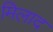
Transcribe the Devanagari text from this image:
मिलाद